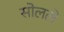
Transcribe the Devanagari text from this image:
सोलले